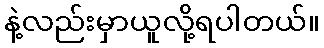
နဲ့လည်းမှာယူလို့ရပါတယ်။